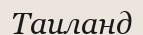
Таиланд